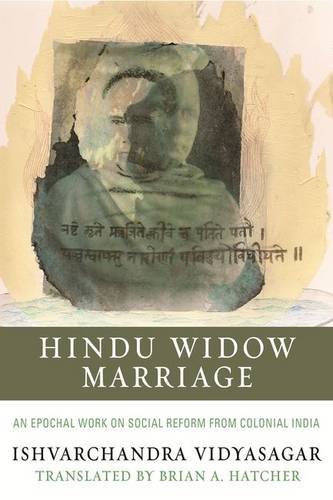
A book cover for Hindu Widow Marriage; Ishvarchandra Vidyasagar; Religion & Spirituality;